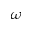
\omega